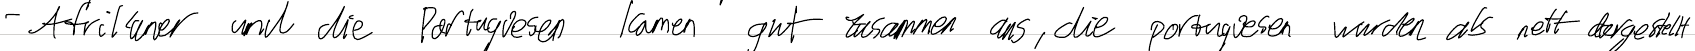
- Afrikaner und die Portugiesen kamen gut zusammen aus, die Portugiesen wurden als nett dargestellt